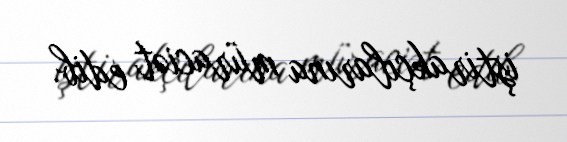
iştirakçılarına müraciət edib.